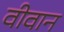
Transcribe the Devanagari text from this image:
वीवान